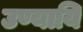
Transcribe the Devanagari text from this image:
उण्यायि